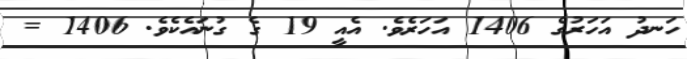
ހަނދު އަހަރުގެ 1406 އަހަރެވެ. އެއީ 19 ގެ ގުނައެކެވެ. 1406 =